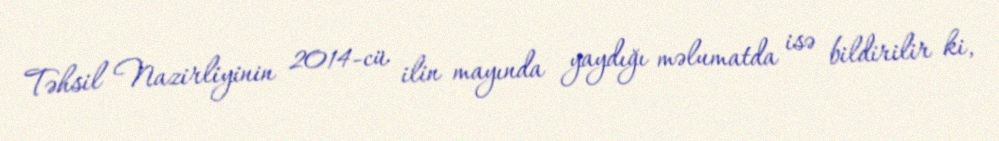
Təhsil Nazirliyinin 2014-cü ilin mayında yaydığı məlumatda isə bildirilir ki,